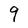
Character: 9